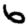
Digit: 6